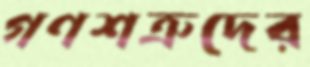
গণশত্রুদের